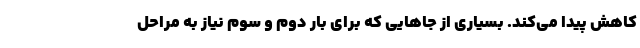
کاهش پیدا می‌کند. بسیاری از جاهایی که برای بار دوم و سوم نیاز به مراحل